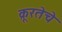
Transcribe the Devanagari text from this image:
क्रूरतेचे